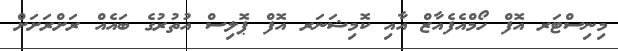
މިނިސްޓަރ އޮފް ހޯމްއެފެއާޒް އާއި ކޮމިޝަނަރ އޮފް ޕޮލިސް އުތުރުގެ ބައެއް ރަށްރަށަށް